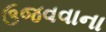
ઉજવવાના